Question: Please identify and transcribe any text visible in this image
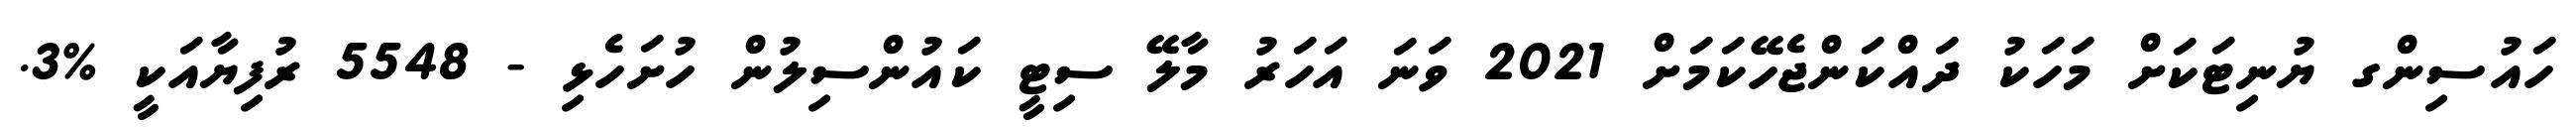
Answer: ހައުސިންގ ޔުނިޓަކަށް މަހަކު ދައްކަންޖެހޭކަމަށް 2021 ވަނަ އަހަރު މާލޭ ސިޓީ ކައުންސިލުން ހުށަހެޅި - 5548 ރުފިޔާއަކީ %3.